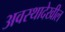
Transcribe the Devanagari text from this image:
अवस्थादेखील